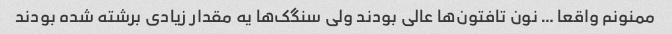
ممنونم واقعا … نون تافتون‌ها عالی بودند ولی سنگک‌ها یه مقدار زیادی برشته شده بودند